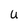
Character: U